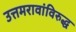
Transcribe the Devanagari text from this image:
उत्तमरावांविरुद्ध